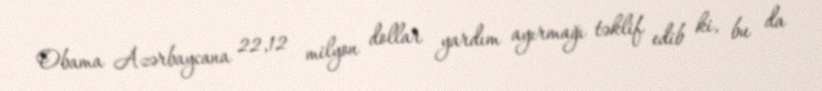
Obama Azərbaycana 22,12 milyon dollar yardım ayırmağı təklif edib ki, bu da